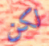
لكن